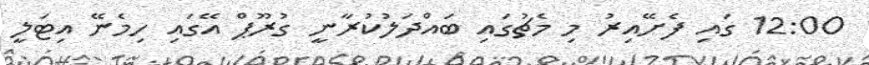
12:00 ގައި ފެށޭއިރު މި މެޗުގައި ބައްދަލުކުރާނީ ގުރޫޕް އޭގައި ހިމެނޭ އިޓަލީ